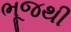
ભૂજથી